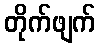
တိုက်ဖျက်